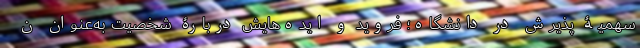
سهمیۀ پذیرش در دانشگاه؛ فروید و ایده‌هایش دربارۀ شخصیت به‌عنوان ن